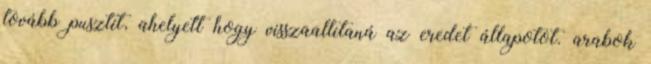
tovább pusztít, ahelyett hogy visszaallitaná az eredet állapotot. arabok